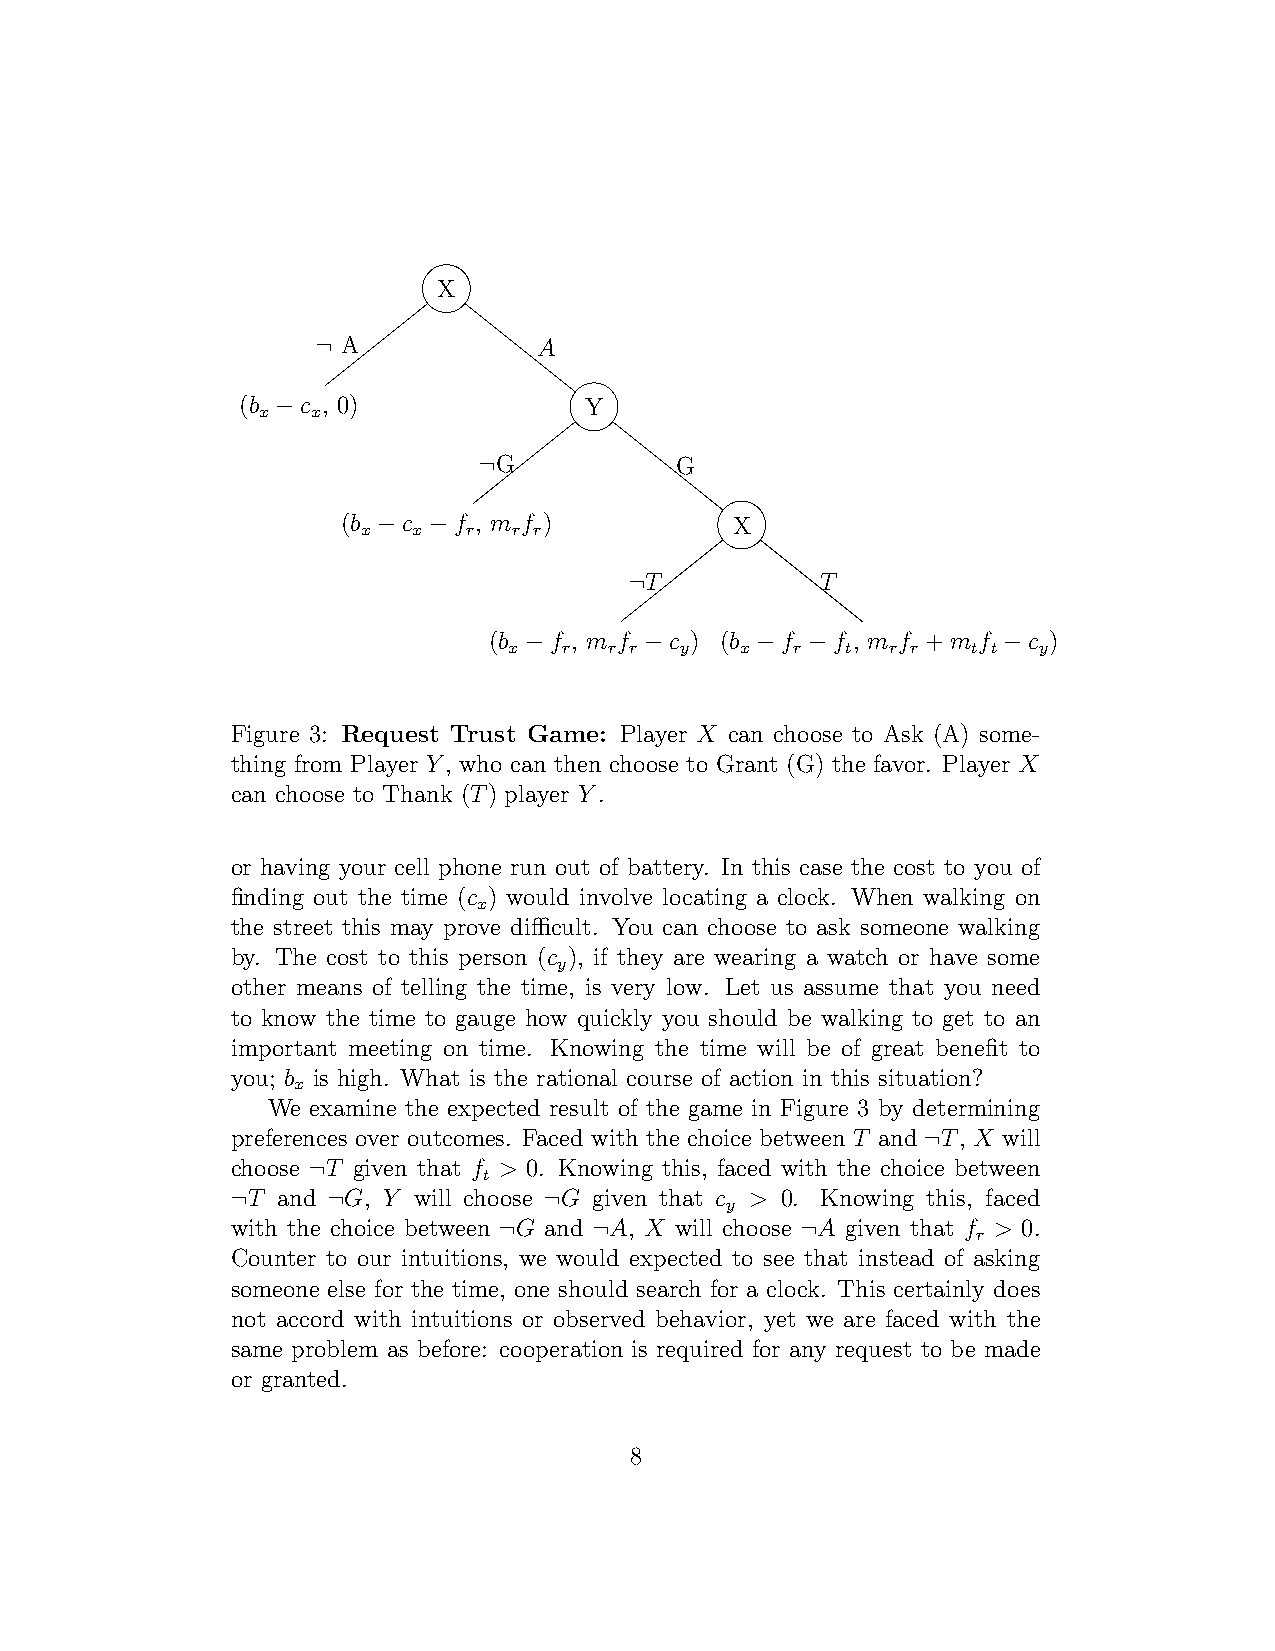
...............
 X
 A            A
 ¬
 (b  c , 0)             Y
 x   x
 −
 G           G
 ¬
 (b  c  f , m f )         X
 x  x   r  r r
 −  −
 T          T
 ¬
 (b  f , m f c ) (b  f  f , m f +m f c )
 x  r  r r  y   x   r  t  r r  t t  y
 −       −      −   −           −
 Figure 3: Request Trust Game: Player X can choose to Ask (A) some-
 thing from Player Y, who can then choose to Grant (G) the favor. Player X
 can choose to Thank (T) player Y.
 or having your cell phone run out of battery. In this case the cost to you of
 finding out the time (c ) would involve locating a clock. When walking on
 x
 the street this may prove difficult. You can choose to ask someone walking
 by. The cost to this person (c ), if they are wearing a watch or have some
 y
 other means of telling the time, is very low. Let us assume that you need
 to know the time to gauge how quickly you should be walking to get to an
 important meeting on time. Knowing the time will be of great benefit to
 you; b is high. What is the rational course of action in this situation?
 x
 We examine the expected result of the game in Figure 3 by determining
 preferences over outcomes. Faced with the choice between T and T, X will
 ¬
 choose T given that f > 0. Knowing this, faced with the choice between
 t
 ¬
 T and  G, Y will choose G given that c > 0. Knowing this, faced
 y
 ¬      ¬             ¬
 with the choice between G and A, X will choose A given that f > 0.
 r
 ¬     ¬             ¬
 Counter to our intuitions, we would expected to see that instead of asking
 someone else for the time, one should search for a clock. This certainly does
 not accord with intuitions or observed behavior, yet we are faced with the
 same problem as before: cooperation is required for any request to be made
 or granted.
 8